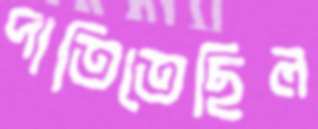
পাতিতেছিল